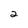
Character: 2